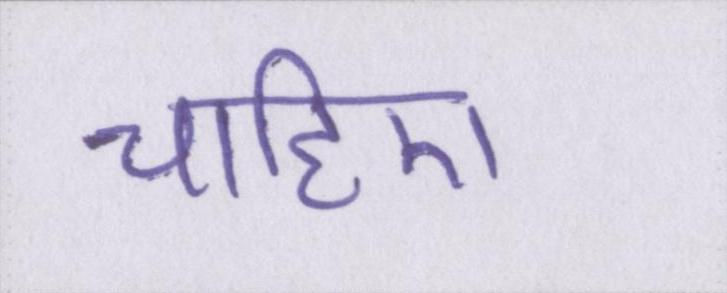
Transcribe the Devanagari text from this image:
चाहिए